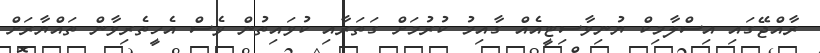
ރާއްޖޭގައި އިސްލާމިކް ޔުނިވާސިޓީއެއް ގާއިމު ކުރުމަށް ގަތަރާއި ކުވައިތުން ވެސް އެހީތެރިވާން ތައްޔާރަށް